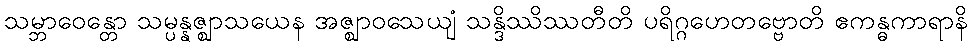
သမ္ဘာဝေန္တော သမ္ပန္နဇ္ဈာသယေန အဇ္ဈာဝသေယျံ သန္ဒိဿိဿတီတိ ပရိဂ္ဂဟေတဗ္ဗောတိ ဧကန္ဓကာရာနိ